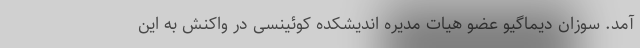
آمد. سوزان دیماگیو عضو هیات مدیره اندیشکده کوئینسی در واکنش به این